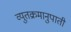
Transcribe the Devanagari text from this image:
व्युतक्रमानुपाती